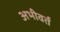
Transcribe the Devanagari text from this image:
अभीवर्त